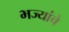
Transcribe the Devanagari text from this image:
भज्यांचे